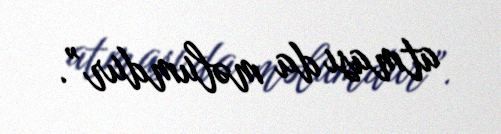
atması da məlumdur”.